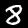
Label: 8